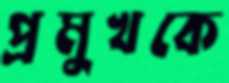
প্রমুখকে